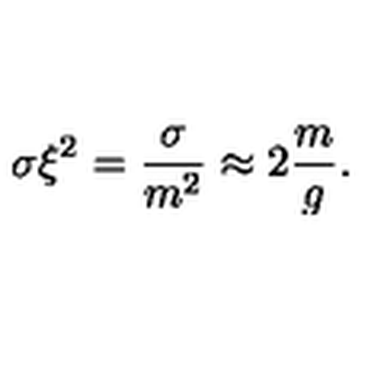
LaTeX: \sigma \xi ^ { 2 } = \frac { \sigma } { m ^ { 2 } } \approx 2 \frac { m } { g } .